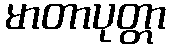
မာတာပုတ္တာ